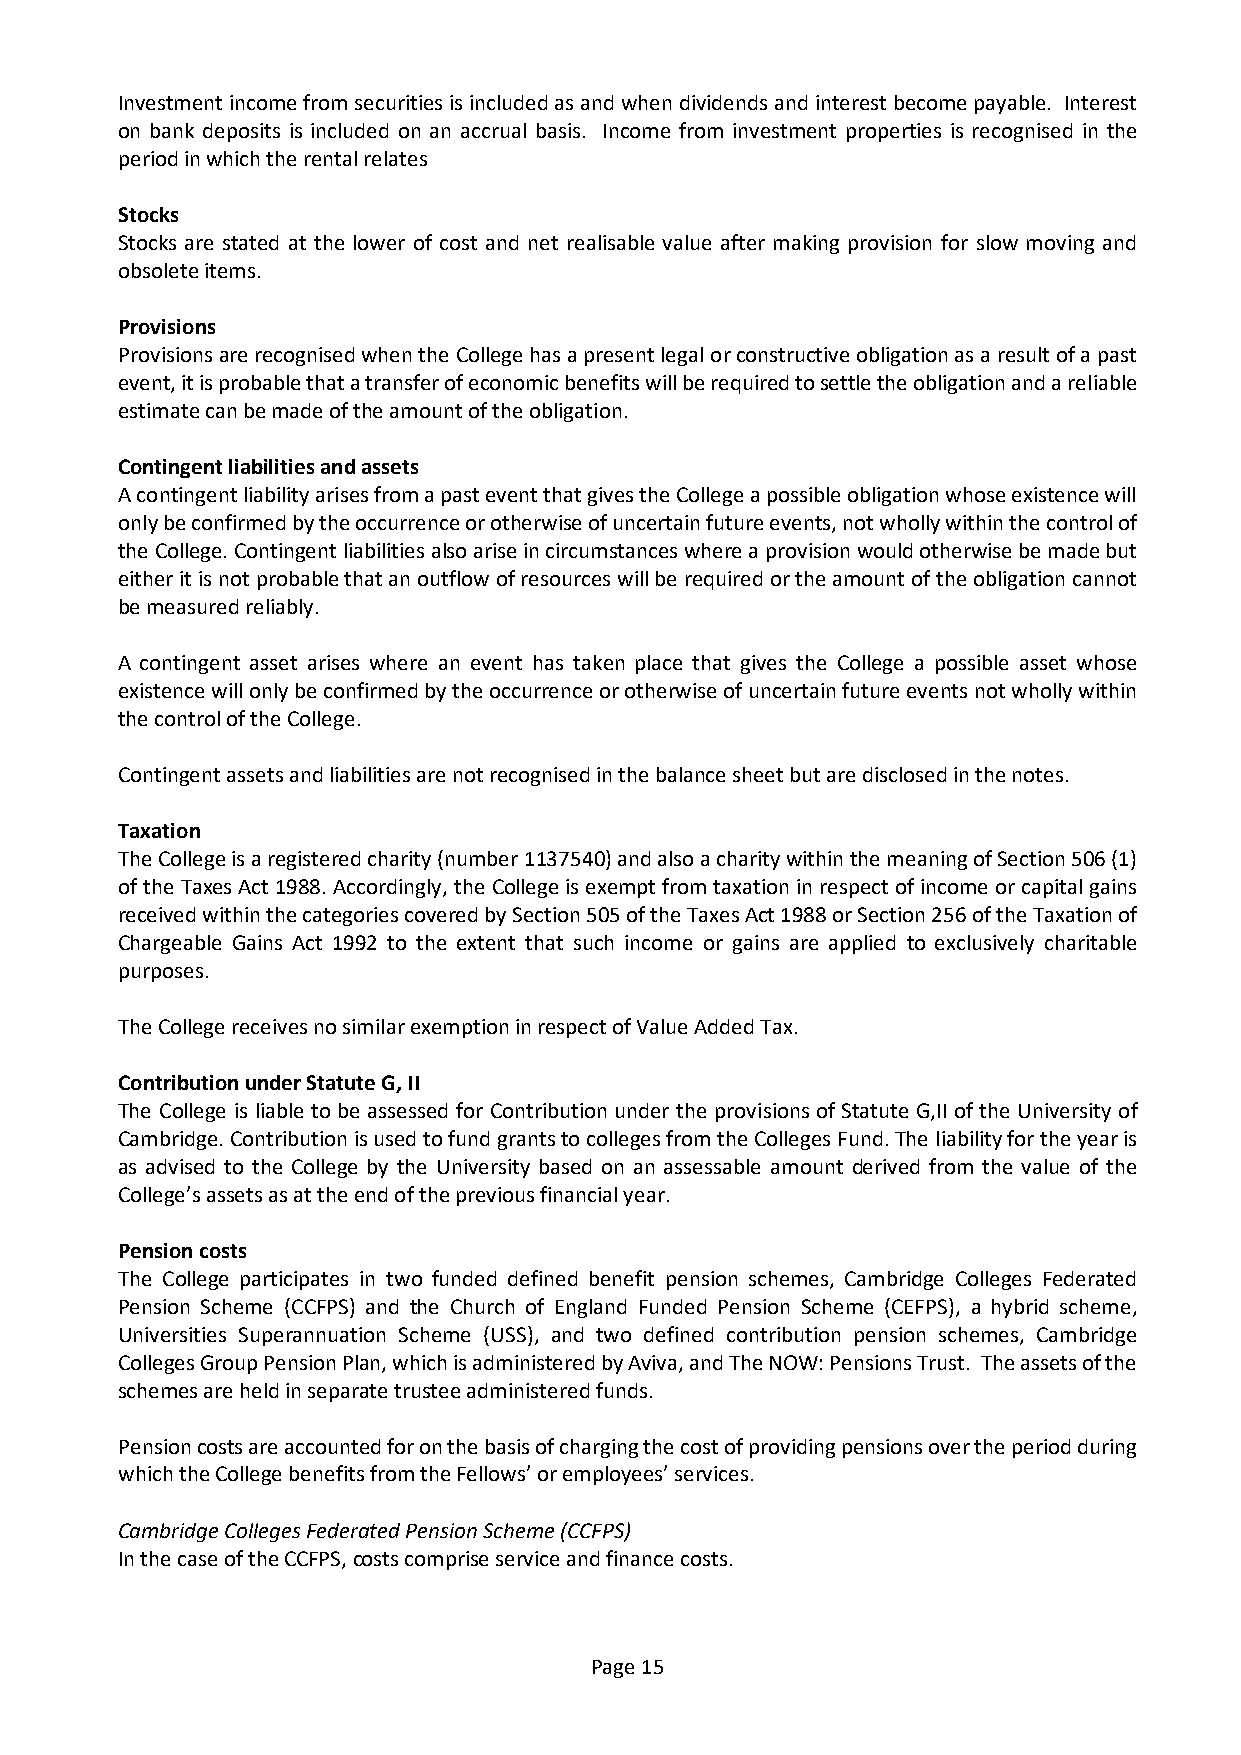
Investment income from securities is included as and when dividends and interest become payable. Interest
 on bank deposits is included on an accrual basis. Income from investment properties is recognised in the
 period in which the rental relates
 Stocks
 Stocks are stated at the lower of cost and net realisable value after making provision for slow moving and
 obsolete items.
 Provisions
 Provisions are recognised when the College has a present legal or constructive obligation as a result of a past
 event, it is probable that a transfer of economic benefits will be required to settle the obligation and a reliable
 estimate can be made of the amount of the obligation.
 Contingent liabilities and assets
 A contingent liability arises from a past event that gives the College a possible obligation whose existence will
 only be confirmed by the occurrence or otherwise of uncertain future events, not wholly within the control of
 the College. Contingent liabilities also arise in circumstances where a provision would otherwise be made but
 either it is not probable that an outflow of resources will be required or the amount of the obligation cannot
 be measured reliably.
 A contingent asset arises where an event has taken place that gives the College a possible asset whose
 existence will only be confirmed by the occurrence or otherwise of uncertain future events not wholly within
 the control of the College.
 Contingent assets and liabilities are not recognised in the balance sheet but are disclosed in the notes.
 Taxation
 The College is a registered charity (number 1137540) and also a charity within the meaning of Section 506 (1)
 of the Taxes Act 1988. Accordingly, the College is exempt from taxation in respect of income or capital gains
 received within the categories covered by Section 505 of the Taxes Act 1988 or Section 256 of the Taxation of
 Chargeable Gains Act 1992 to the extent that such income or gains are applied to exclusively charitable
 purposes.
 The College receives no similar exemption in respect of Value Added Tax.
 Contribution under Statute G, II
 The College is liable to be assessed for Contribution under the provisions of Statute G,II of the University of
 Cambridge. Contribution is used to fund grants to colleges from the Colleges Fund. The liability for the year is
 as advised to the College by the University based on an assessable amount derived from the value of the
 College’s assets as at the end of the previous financial year.
 Pension costs
 The College participates in two funded defined benefit pension schemes, Cambridge Colleges Federated
 Pension Scheme (CCFPS) and the Church of England Funded Pension Scheme (CEFPS), a hybrid scheme,
 Universities Superannuation Scheme (USS), and two defined contribution pension schemes, Cambridge
 Colleges Group Pension Plan, which is administered by Aviva, and The NOW: Pensions Trust. The assets of the
 schemes are held in separate trustee administered funds.
 Pension costs are accounted for on the basis of charging the cost of providing pensions over the period during
 which the College benefits from the Fellows’ or employees’ services.
 Cambridge Colleges Federated Pension Scheme (CCFPS)
 In the case of the CCFPS, costs comprise service and finance costs.
 Page 15